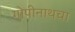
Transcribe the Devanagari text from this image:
गोपीनाथचा